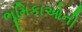
ભૂમિકાઓની